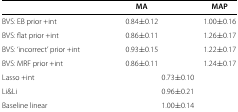
<table><thead><tr><td><b> </b></td><td><b>MA</b></td><td><b>MAP</b></td></tr></thead><tbody><tr><td>BVS: EB prior +int</td><td>0.84±0.12</td><td>1.00±0.16</td></tr><tr><td>BVS: flat prior +int</td><td>0.86±0.11</td><td>1.26±0.17</td></tr><tr><td>BVS: ‘incorrect’ prior +int</td><td>0.93±0.15</td><td>1.22±0.17</td></tr><tr><td>BVS: MRF prior +int</td><td>0.86±0.11</td><td>1.24±0.17</td></tr><tr><td>Lasso +int</td><td colspan="2">0.73±0.10</td></tr><tr><td>Li&amp;Li</td><td colspan="2">0.96±0.21</td></tr><tr><td>Baseline linear</td><td colspan="2">1.00±0.14</td></tr></tbody></table>